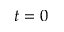
t = 0